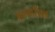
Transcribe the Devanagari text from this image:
अनागरीका